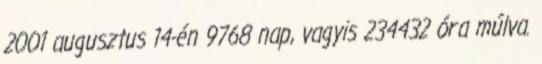
2001 augusztus 14-én 9768 nap, vagyis 234432 óra múlva.